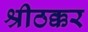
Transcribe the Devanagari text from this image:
श्रीठक्कर